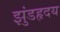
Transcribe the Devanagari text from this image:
झुंडहृदय